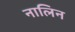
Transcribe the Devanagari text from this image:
नालिन